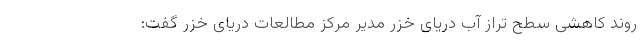
روند کاهشی سطح تراز آب دریای خزر مدیر مرکز مطالعات دریای خزر گفت: